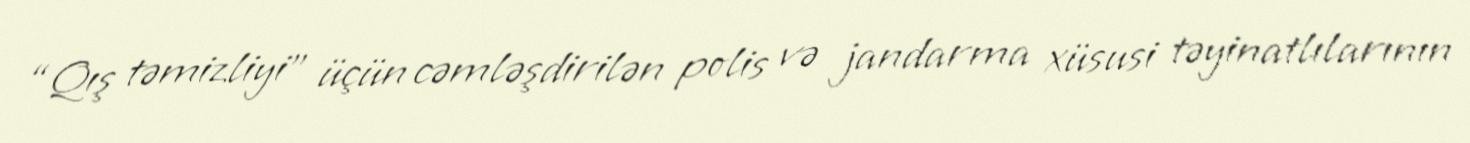
“Qış təmizliyi” üçün cəmləşdirilən polis və jandarma xüsusi təyinatlılarının